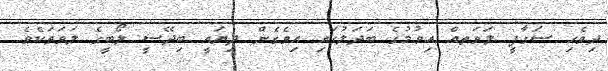
ދިވެހި ސަގާފީ ލަވަތއް އިވުމުގެ ބަދަލުގައި އިވެގެން ދިޔައީ ބިދޭސީ ލޯބީގެ ލަވަތަކެވެ.